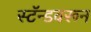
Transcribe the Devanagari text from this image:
स्टॅन्डवरून